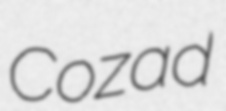
Cozad